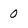
Character: 0